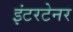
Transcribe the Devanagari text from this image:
इंटरटेनर